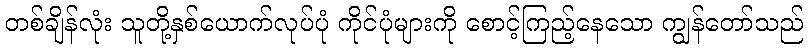
တစ်ချိန်လုံး သူတို့နှစ်ယောက်လုပ်ပုံ ကိုင်ပုံများကို စောင့်ကြည့်နေသော ကျွန်တော်သည်